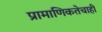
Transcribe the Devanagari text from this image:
प्रामाणिकतेचाही